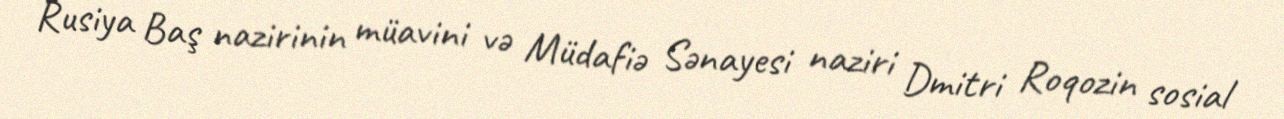
Rusiya Baş nazirinin müavini və Müdafiə Sənayesi naziri Dmitri Roqozin sosial